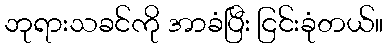
ဘုရားသခင်ကို အာခံပြီး ငြင်းခုံတယ်။